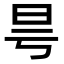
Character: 𣅘